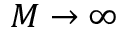
M \to \infty